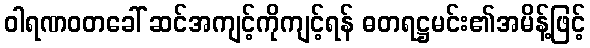
ဝါရဏဝတခေါ် ဆင်အကျင့်ကိုကျင့်ရန် ဓတရဋ္ဌမင်း၏အမိန့်ဖြင့်